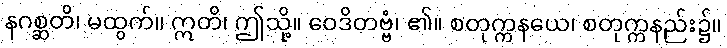
နဂစ္ဆတိ၊ မထွက်။ ဣတိ၊ ဤသို့။ ဝေဒိတဗ္ဗံ၊ ၏။ စတုက္ကနယေ၊ စတုက္ကနည်း၌။